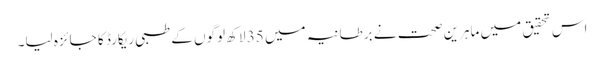
اس تحقیق میں ماہرین صحت نے برطانیہ میں 35 لاکھ لوگوں کے طبی ریکارڈ کا جائزہ لیا۔